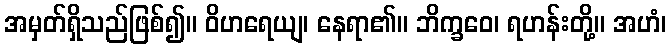
အမှတ်ရှိသည်ဖြစ်၍။ ဝိဟရေယျ၊ နေရာ၏။ ဘိက္ခဝေ၊ ရဟန်းတို့။ အဟံ၊